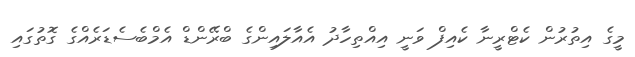
މީގެ އިތުރުން ކެޓްރީނާ ކެއިފް ވަނީ އިއްތިހާދު އެއާލައިންގެ ބްރޭންޑް އެމްބެސެޑަރެއްގެ ގޮތުގައި